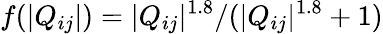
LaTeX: f(|Q_{ij}|)=|Q_{ij}|^{1.8}/(|Q_{ij}|^{1.8}+1)